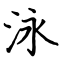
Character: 泳